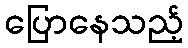
ပြောနေသည့်